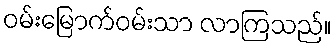
ဝမ်းမြောက်ဝမ်းသာ လာကြသည်။